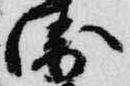
衛